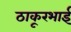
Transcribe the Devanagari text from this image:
ठाकूरभाई